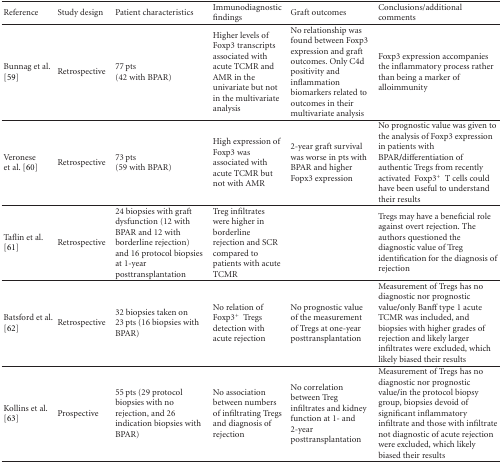
<table><thead><tr><td><b>Reference</b></td><td><b>Study design</b></td><td><b>Patient characteristics</b></td><td><b>Immunodiagnostic findings</b></td><td><b>Graft outcomes</b></td><td><b>Conclusions/additional comments</b></td></tr></thead><tbody><tr><td>Bunnag et al. [59]</td><td>Retrospective</td><td>77 pts (42 with BPAR)</td><td>Higher levels of Foxp3 transcripts associated with acute TCMR and AMR in the univariate but not in the multivariate analysis</td><td>No relationship was found between Foxp3 expression and graft outcomes. Only C4d positivity and inflammation biomarkers related to outcomes in their multivariate analysis</td><td>Foxp3 expression accompanies the inflammatory process rather than being a marker of alloimmunity</td></tr><tr><td>Veronese et al. [60]</td><td>Retrospective</td><td>73 pts (59 with BPAR)</td><td>High expression of Foxp3 was associated with acute TCMR but not with AMR</td><td>2-year graft survival was worse in pts with BPAR and higher Fopx3 expression</td><td>No prognostic value was given to the analysis of Foxp3 expression in patients with BPAR/differentiation of authentic Tregs from recently activated Foxp3<sup>+</sup> T cells could have been useful to understand their results</td></tr><tr><td>Taflin et al. [61]</td><td>Retrospective</td><td>24 biopsies with graft dysfunction (12 with BPAR and 12 with borderline rejection) and 16 protocol biopsies at 1-year posttransplantation</td><td>Treg infiltrates were higher in borderline rejection and SCR compared to patients with acute TCMR</td><td></td><td>Tregs may have a beneficial role against overt rejection. The authors questioned the diagnostic value of Treg identification for the diagnosis of rejection</td></tr><tr><td>Batsford et al. [62]</td><td>Retrospective</td><td>32 biopsies taken on 23 pts (16 biopsies with BPAR)</td><td>No relation of Foxp3<sup>+</sup> Tregs detection with acute rejection</td><td>No prognostic value of the measurement of Tregs at one-year posttransplantation</td><td>Measurement of Tregs has no diagnostic nor prognostic value/only Banff type 1 acute TCMR was included, and biopsies with higher grades of rejection and likely larger infiltrates were excluded, which likely biased their results</td></tr><tr><td>Kollins et al. [63]</td><td>Prospective</td><td>55 pts (29 protocol biopsies with no rejection, and 26 indication biopsies with BPAR)</td><td>No association between numbers of infiltrating Tregs and diagnosis of rejection</td><td>No correlation between Treg infiltrates and kidney function at 1- and 2-year posttransplantation</td><td>Measurement of Tregs has no diagnostic nor prognostic value/in the protocol biopsy group, biopsies devoid of significant inflammatory infiltrate and those with infiltrate not diagnostic of acute rejection were excluded, which likely biased their results</td></tr></tbody></table>